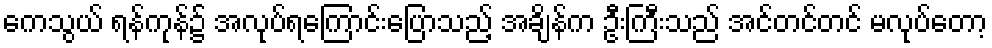
ကေသွယ် ရန်ကုန်၌ အလုပ်ရကြောင်းပြောသည့် အချိန်က ဦးကြီးသည် အင်တင်တင် မလုပ်တော့